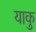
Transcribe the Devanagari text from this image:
याकु